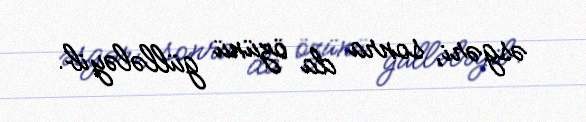
əsgəri, sonra da özünü güllələyib.